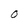
Character: O